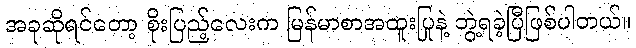
အခုဆိုရင်တော့ စိုးပြည့်လေးက မြန်မာစာအထူးပြုနဲ့ ဘွဲ့ရခဲ့ပြီဖြစ်ပါတယ်။